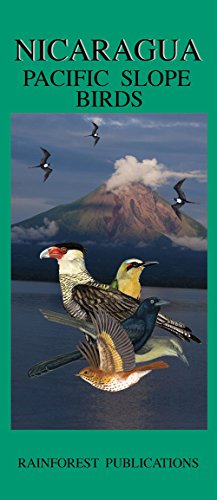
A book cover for Nicaragua Pacific Slope Birds Guide (Laminated Foldout Pocket Field Guide) (English and Spanish Edition); Rainforest Publications; Travel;